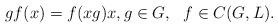
LaTeX: \begin{align*}gf(x)=f(xg)x,g\in G, ~~f\in C(G,L).\end{align*}